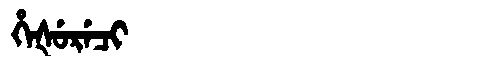
Manchu: ᡥᡝᡧᡠᡵᡝᠴᡳ
Romanization: HEŠURECI